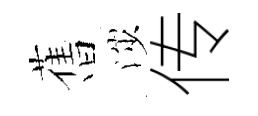
𦾔渉传